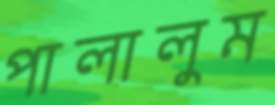
পালালুম